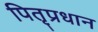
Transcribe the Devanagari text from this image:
पितृप्रधान